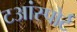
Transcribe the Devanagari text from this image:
टआंस्पोर्ट